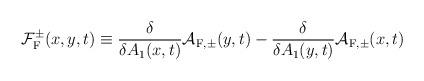
LaTeX: \begin{align*}{\cal F}_{\rm F}^{\pm}(x,y,t) \equiv \frac{\delta}{\delta A_1(x,t)}{\cal A}_{{\rm F},\pm}(y,t) - \frac{\delta}{\delta A_1(y,t)}{\cal A}_{{\rm F},\pm}(x,t)\end{align*}